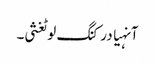
آنہیا درکنگ لوٹغثی۔